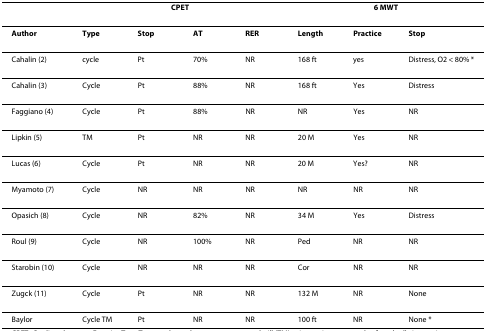
|  | <COLSPAN=4> CPET | <COLSPAN=3> 6 MWT |
 | --- | --- | --- | --- | --- | --- | --- | --- |
 | Author | Type | Stop | AT | RER | Length | Practice | Stop |
 | Cahalin (2) | cycle | Pt | 70% | NR | 168 ft | yes | Distress, O2 < 80% * |
 | Cahalin (3) | Cycle | Pt | 88% | NR | 168 ft | Yes | Distress |
 | Faggiano (4) | Cycle | Pt | 88% | NR | NR | Yes | NR |
 | Lipkin (5) | TM | Pt | NR | NR | 20 M | Yes | NR |
 | Lucas (6) | Cycle | Pt | NR | NR | 20 M | Yes? | NR |
 | Myamoto (7) | Cycle | NR | NR | NR | NR | NR | NR |
 | Opasich (8) | Cycle | NR | 82% | NR | 34 M | Yes | Distress |
 | Roul (9) | Cycle | NR | 100% | NR | Ped | NR | NR |
 | Starobin (10) | Cycle | NR | NR | NR | Cor | NR | NR |
 | Zugck (11) | Cycle | Pt | NR | NR | 132 M | NR | None |
 | Baylor | Cycle TM | Pt | NR | NR | 100 ft | NR | None * |